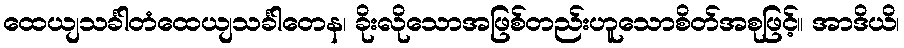
ထေယျသင်္ခါတံထေယျသင်္ခါတေန၊ ခိုးလိုသောအဖြစ်တည်းဟူသောစိတ်အစုဖြင့်။ အာဒိယိ၊